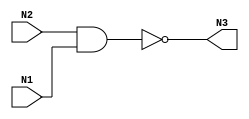
module test_nand(N3, N2, N1);

input N1,N2;
output N3;


nand NAND2_1 (N3, N2, N1);
endmodule